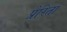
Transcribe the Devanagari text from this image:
प्रेरिता